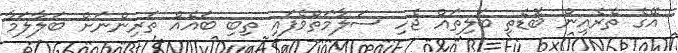
އޭގެ ތެެރެއިން ބޮޑެތި ބަލިތައް ޖެހި ސަލާމަތްވެފައި ތިބި ބައެއް ތަރިންނަށް ބަލާލަމާ